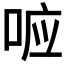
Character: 𭈉